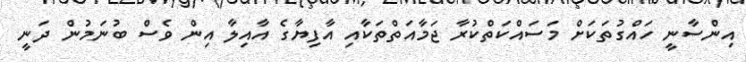
އިންސާނީ ހައްގުތަކަށް މަސައްކަތްކުރާ ޖަމާއަތްތަކާއި އާފިޔާގެ އާއިލާ އިން ވެސް ބުނަމުން ދަނީ